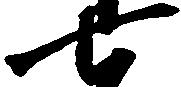
七